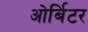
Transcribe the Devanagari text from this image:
ओर्बिटर